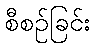
စီစဉ်ခြင်း